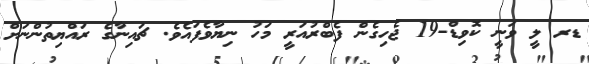
ޑރ ލީ ވަނީ ކޮވިޑް-19 ޖެހިގެން ފެބްރުއަރީ މަހު ނިޔާވެފައެވެ. ޗައިނާގެ ރައްޔިތުންނަށް